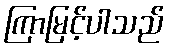
ကြာမြင့်ပါသည်